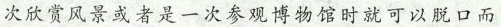
次欣赏风景或者是一次参观博物馆时就可以脱口而